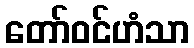
တော်ဝင်ဟံသာ